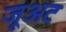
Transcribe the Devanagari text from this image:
जूअट